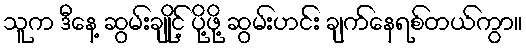
သူက ဒီနေ့ ဆွမ်းချိုင့် ပို့ဖို့ ဆွမ်းဟင်း ချက်နေရစ်တယ်ကွာ။